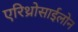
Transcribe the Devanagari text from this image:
एरिथ्रोसाईलोन